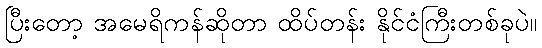
ပြီးတော့ အမေရိကန်ဆိုတာ ထိပ်တန်း နိုင်ငံကြီးတစ်ခုပဲ။